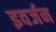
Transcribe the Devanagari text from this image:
इवर्जन